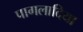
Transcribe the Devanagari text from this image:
पागलादिया